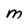
Character: M